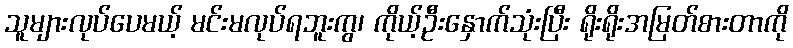
သူများလုပ်ပေမယ့် မင်းမလုပ်ရဘူးကွ၊ ကိုယ့်ဦးနှောက်သုံးပြီး ရိုးရိုးအမြတ်စားတာကို